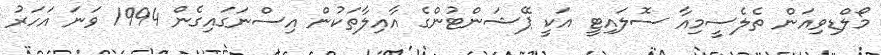
މޯލްޑިވިއަން ތެލެސީމިއާ ސޮލައިޓީ އަކީ ޕޭޝަންޓުންގެ އާއިލާތަކުން އިސްނަގައިގެން 1994 ވަނަ އަހަރު